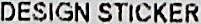
DESIGN STICKER